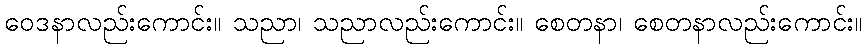
ဝေဒနာလည်းကောင်း။ သညာ၊ သညာလည်းကောင်း။ စေတနာ၊ စေတနာလည်းကောင်း။